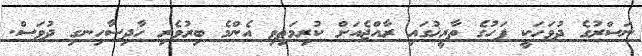
ނަސްރުގެ ދުވަހަކީ ފަހުގެ ތާރީޚުގައި ރާއްޖެއަށް ކުރިމަތިވި އެންމެ ބިރުވެރި ހާދިސާހިނގި ދުވަސް.